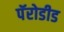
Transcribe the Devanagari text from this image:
पॅरोडीड